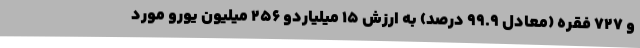
و 727 فقره (معادل 99.9 درصد) به ارزش 15 میلیاردو 256 میلیون یورو مورد